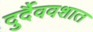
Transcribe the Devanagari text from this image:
दुर्दैववशात